Indian journal of veterinary science and animal husbandry - Volumes 18-21, 1948-1951
Year: 1948
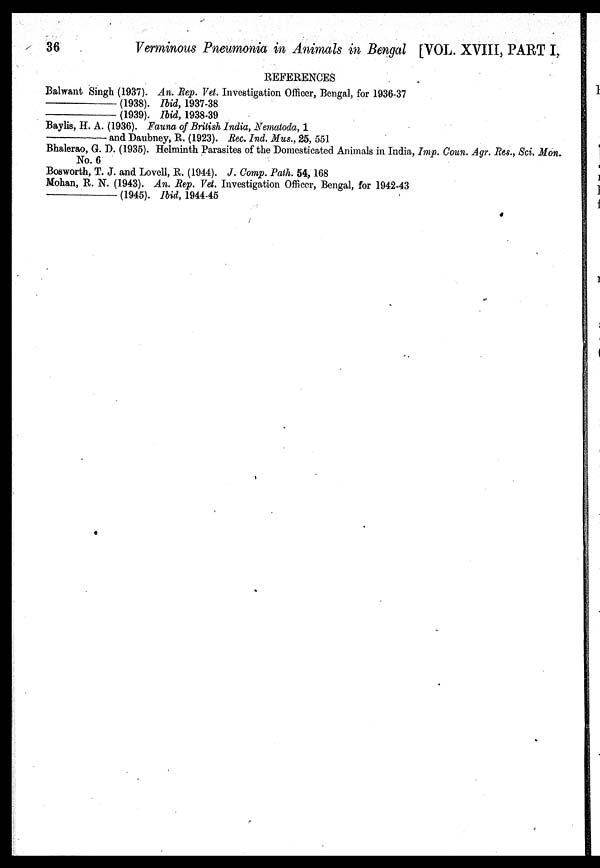
36
Verminous Pneumonia in Animals in Bengal [VOL. XVIII, PART I,
REFERENCES
Balwant Singh (1937). An. Rep. Vet. Investigation Officer, Bengal, for 1936-37
—
(1938). Ibid, 1937-38
—
(1939). Ibid, 1938-39
Baylis, H. A. (1936). Fauna of British India, Nematoda, 1
—
and Daubney, R. (1923). Rec. Ind. Mus., 25, 551
Bhalerao, G. D. (1935). Helminth Parasites of the Domesticated Animals in India, Imp. Coun. Agr. Res., Sci. Mon.
No. 6
Bosworth, T. J. and Lovell, R. (1944). J. Comp. Path. 54, 168
Mohan, R. N. (1943). An. Rep. Vet. Investigation Officer, Bengal, for 1942-43
—
(1945). Ibid, 1944-45